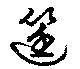
筳